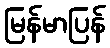
မြန်မာပြန်